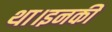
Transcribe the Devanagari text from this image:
था।इनकी